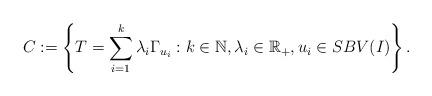
LaTeX: \begin{align*}C:= \left\{T= \sum_{i=1}^{k} \lambda_i \Gamma_{u_i} : k\in \mathbb{N}, \lambda_i \in \mathbb{R}_+, u_i \in SBV(I)\right\}.\end{align*}